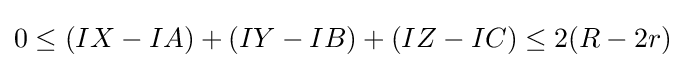
0\leq (IX-IA)+(IY-IB)+(IZ-IC)\leq 2(R-2r)